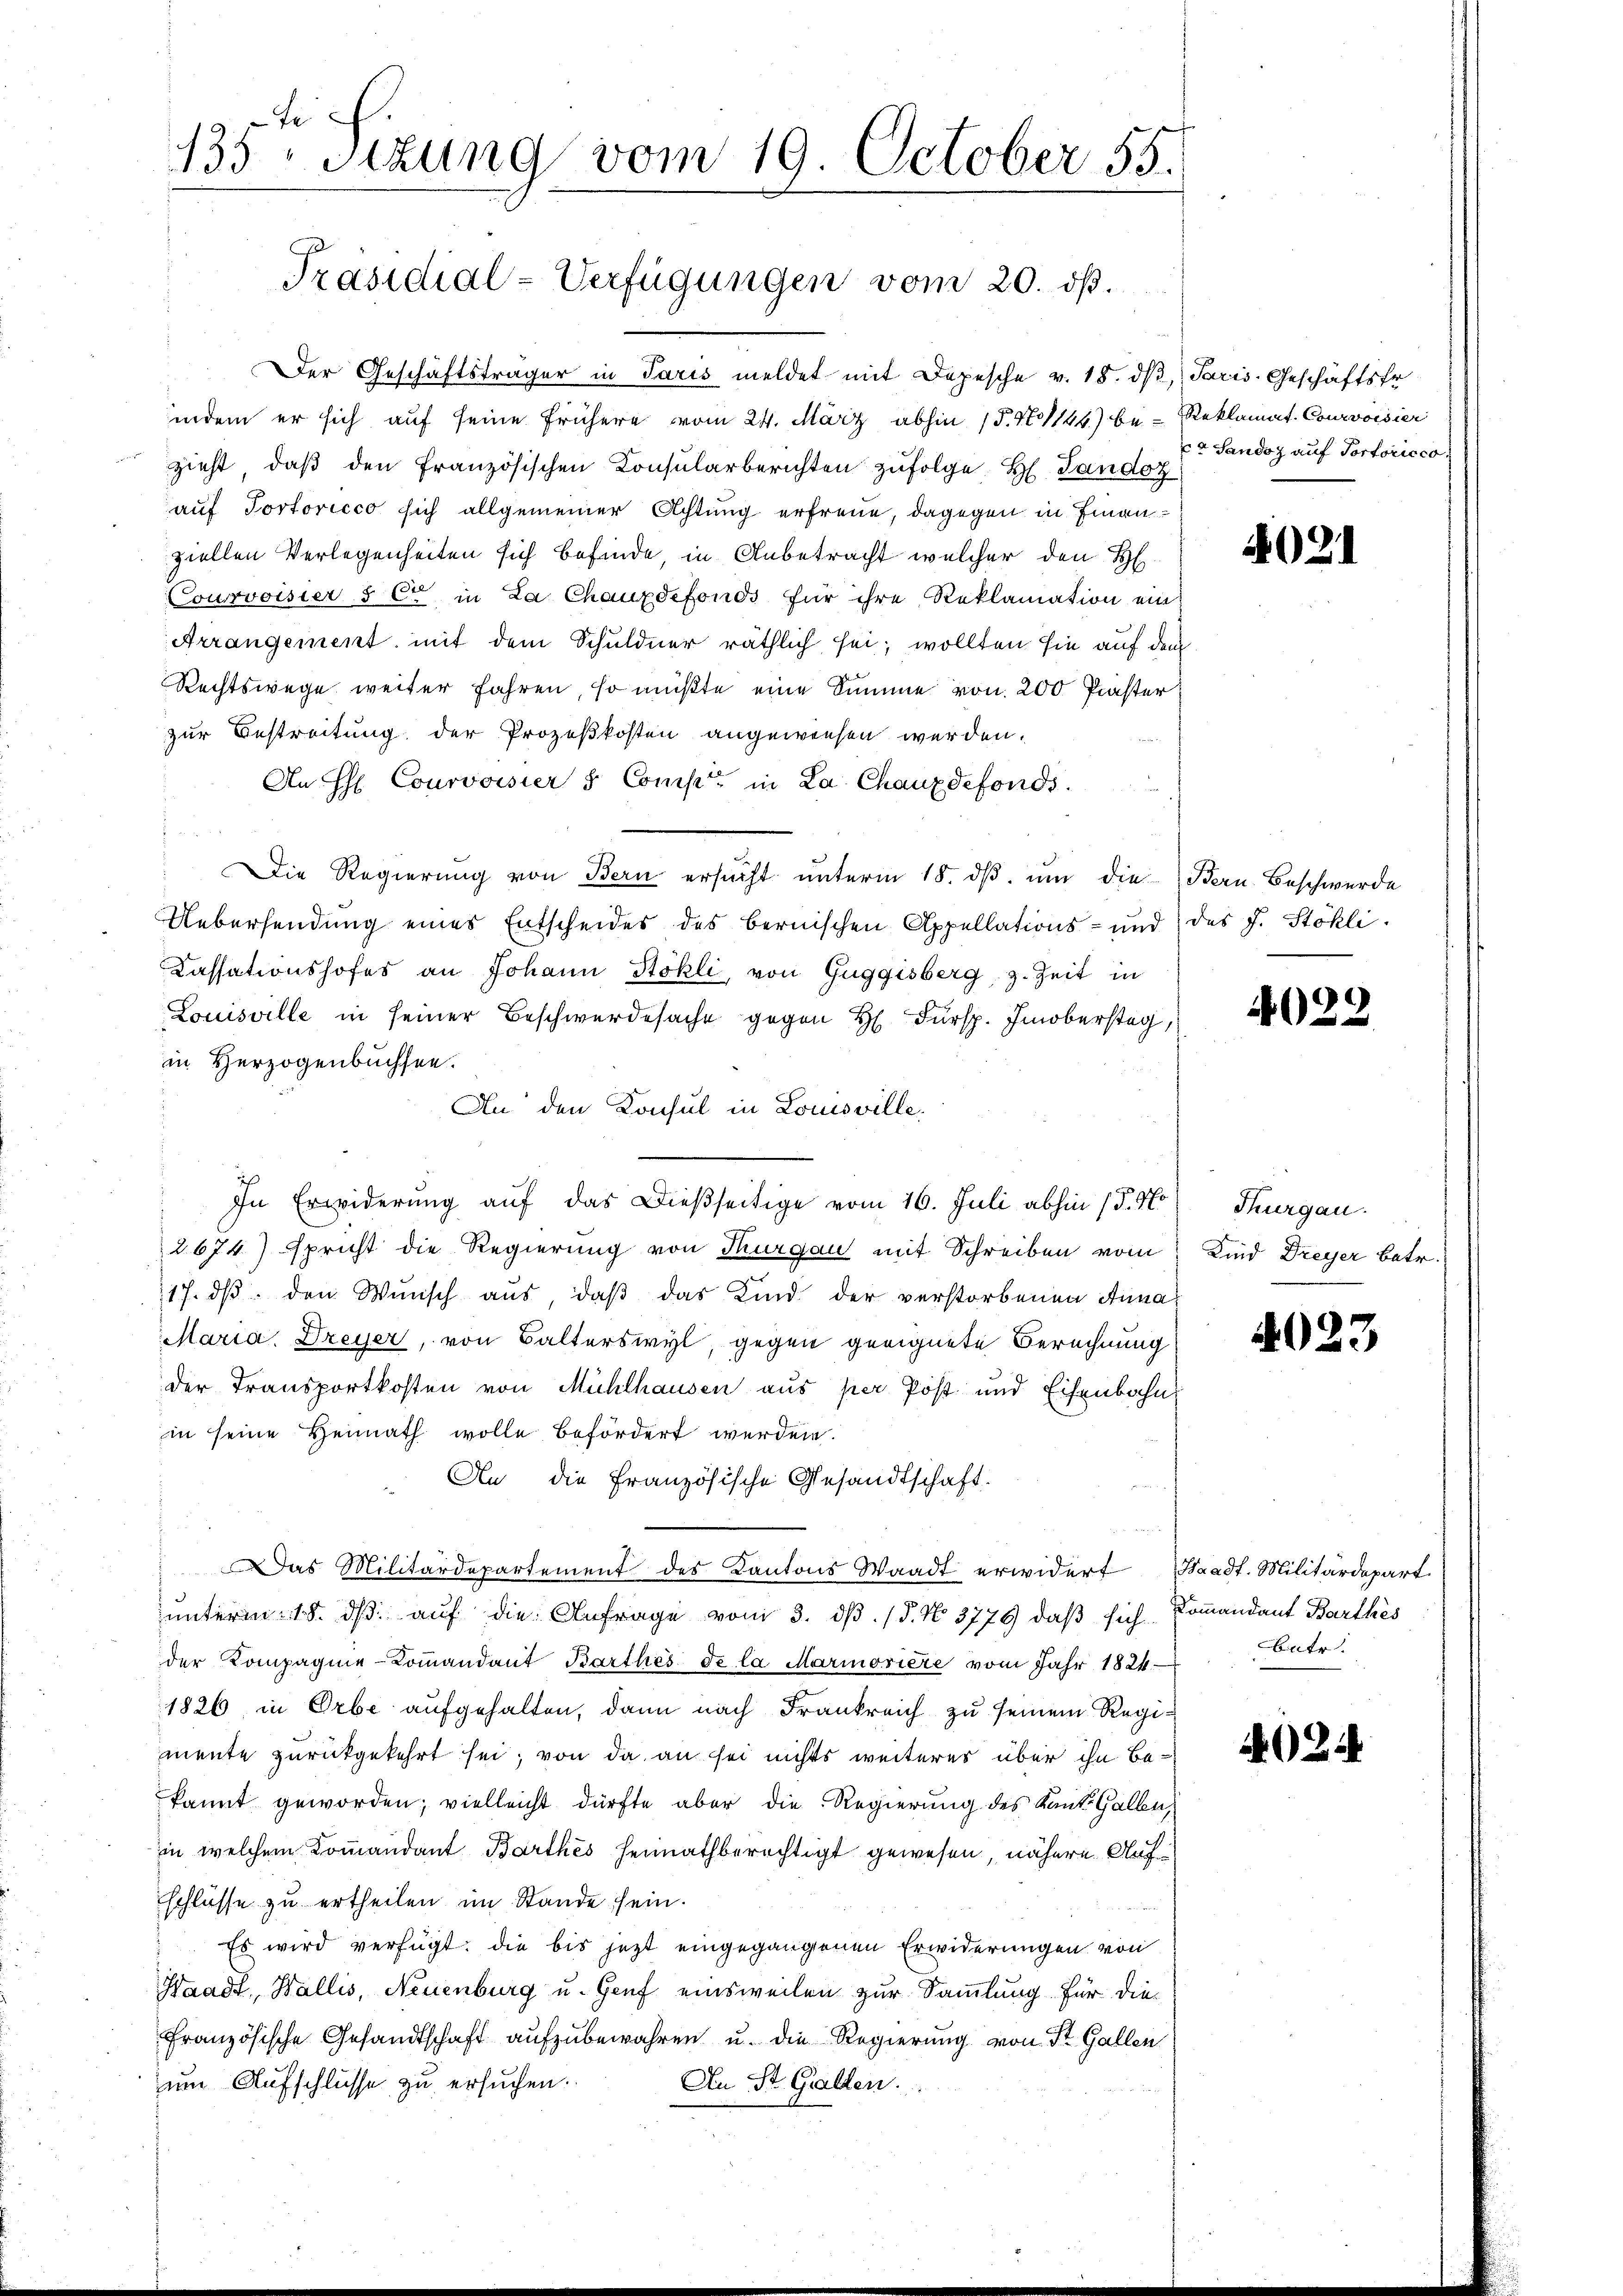
Fe
2
155 sizung vom 19. October 55.

Präsidial-Verfügungen vom 20. dß.

Der Geschäftsträger in Paris meldet mit Depesche v. 18. dβ,
indem er sich auf seine frühere vom 24. März abhin 15. No 1144) bezieht, daβ den französischen Konsularberichten zŭfolge H. Landoz
auf Portoricco sich allgemeiner Achtung erfreue, dagegen in Finanziellen Verlegenheiten sich befinde, in Anbetracht welcher den H
Courvoisier & Cie in La Chauxdefonds für ihre Reklamation ein
Arrangement, mit dem Schuldner räthlich sei; wollten sie auf dem
Rechtswege weiter fahren, so müßte eine Summe von 200 Präster:
zur Bestreitung der Prozeßkosten angewiesen werden.
An H. Courvoisier & Comp. in La Chauxdefonds.
i
Die Regierung von Bern ersucht unterm 18. ds, um die
Uebersendung eines Entscheides des bernischen Appellations- und des J. Stökli¬
Cassationshofes an Johann Stokli, von Guggisberg, z. Zeit in
Louisville in seiner Beschwerdesache gegen H. Fürsp. Imoberstag,
in Herzogenbuchsen.
An den Konsul in Louisville,
In Erwiderung auf das Dießseitige vom 16. Juli abhin 17. No
2674) spricht die Regierung von Thurgau mit Schreiben vom
17. dβ. den Wunsch aus, daβ das Kind der verstorbenen Anna
Maria. Dreyer, von Balterswyl, gegen geeignete Berechnung
der Transportkosten von Mühlhausen aus per Post und Eisenbahn
in seine Heimath wolle befördert werden.
An die Französische Gesandtschaft.
Das Militärdepartement des Kantons Waadt erwidert Waadt. Militärdepart.
unterm 18. dβ aŭf die Anfrage vom 3. dβ. / 5. No. 3776, daß sich Kommandant Barthes
der Kompagnie-Commandant Karthes de la Marinosiere vom Jahr 1824
1826, in Orbe aufgehalten, dann nach Frankreich zu seinem Regimente zurückgekehrt sei, von da an sei nichts weiteres über ihn bekannt geworden; vielleicht dürfte aber die Regierung des Kant. Gallen,
in welchem Kommandant Barthes heimathberechtigt gewesen, nähere Aufschlüsse zu ertheilen im Stande sein.
Es wird verfügt, die bis jetzt eingegangenen Erwiderungen von
Waadt, Wallis, Neuenburg u. Genf einsweilen zur Sammlung für die
Französische Gesandtschaft aufzubewahren u. die Regierung von St. Gallen
zum Aufschlüsse zu ersŭchen. An St. Gallen.

Paris, Geschäftsfr
Reklamat. Courvoisier
cr Sandoz auf Portoricco

4021

Bern. Beschwerde

4022

Thurgau.
Kind Dreyer betr.

.

402.

3

Betr.